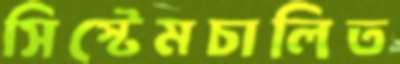
সিস্টেমচালিত